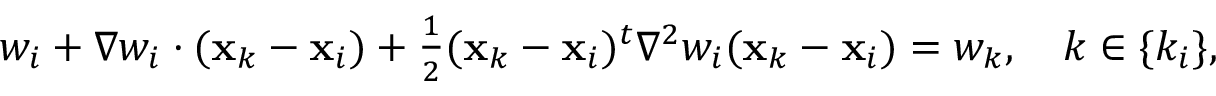
\begin{array} { r } { w _ { i } + { \nabla } w _ { i } \cdot ( { \bf x } _ { k } - { \bf x } _ { i } ) + \frac { 1 } { 2 } ( { \bf x } _ { k } - { \bf x } _ { i } ) ^ { t } { \nabla } ^ { 2 } w _ { i } ( { \bf x } _ { k } - { \bf x } _ { i } ) = w _ { k } , \quad k \in \{ k _ { i } \} , } \end{array}